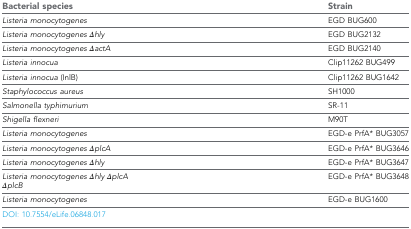
<table><thead><tr><td><b>Bacterial species</b></td><td><b>Strain</b></td></tr></thead><tbody><tr><td><i>Listeria monocytogenes</i></td><td>EGD BUG600</td></tr><tr><td><i>Listeria monocytogenes</i><i>Δhly</i></td><td>EGD BUG2132</td></tr><tr><td><i>Listeria monocytogenes</i><i>ΔactA</i></td><td>EGD BUG2140</td></tr><tr><td><i>Listeria innocua</i></td><td>Clip11262 BUG499</td></tr><tr><td><i>Listeria innocua</i> (InlB)</td><td>Clip11262 BUG1642</td></tr><tr><td><i>Staphylococcus aureus</i></td><td>SH1000</td></tr><tr><td><i>Salmonella typhimurium</i></td><td>SR-11</td></tr><tr><td><i>Shigella flexneri</i></td><td>M90T</td></tr><tr><td><i>Listeria monocytogenes</i></td><td>EGD-e PrfA* BUG3057</td></tr><tr><td><i>Listeria monocytogenes ΔplcA</i></td><td>EGD-e PrfA* BUG3646</td></tr><tr><td><i>Listeria monocytogenes Δhly</i></td><td>EGD-e PrfA* BUG3647</td></tr><tr><td><i>Listeria monocytogenes Δhly ΔplcA ΔplcB</i></td><td>EGD-e PrfA* BUG3648</td></tr><tr><td><i>Listeria monocytogenes</i></td><td>EGD-e BUG1600</td></tr></tbody></table>